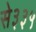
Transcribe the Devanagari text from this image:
से३३५